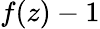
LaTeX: f(z)-1